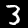
Label: 3